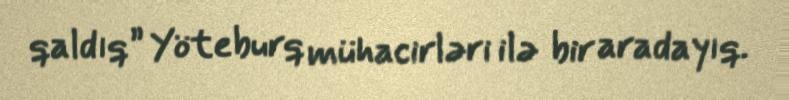
qaldıq” Yöteburq mühacirləri ilə bir aradayıq.